Kures,_Voldemar, lk 17
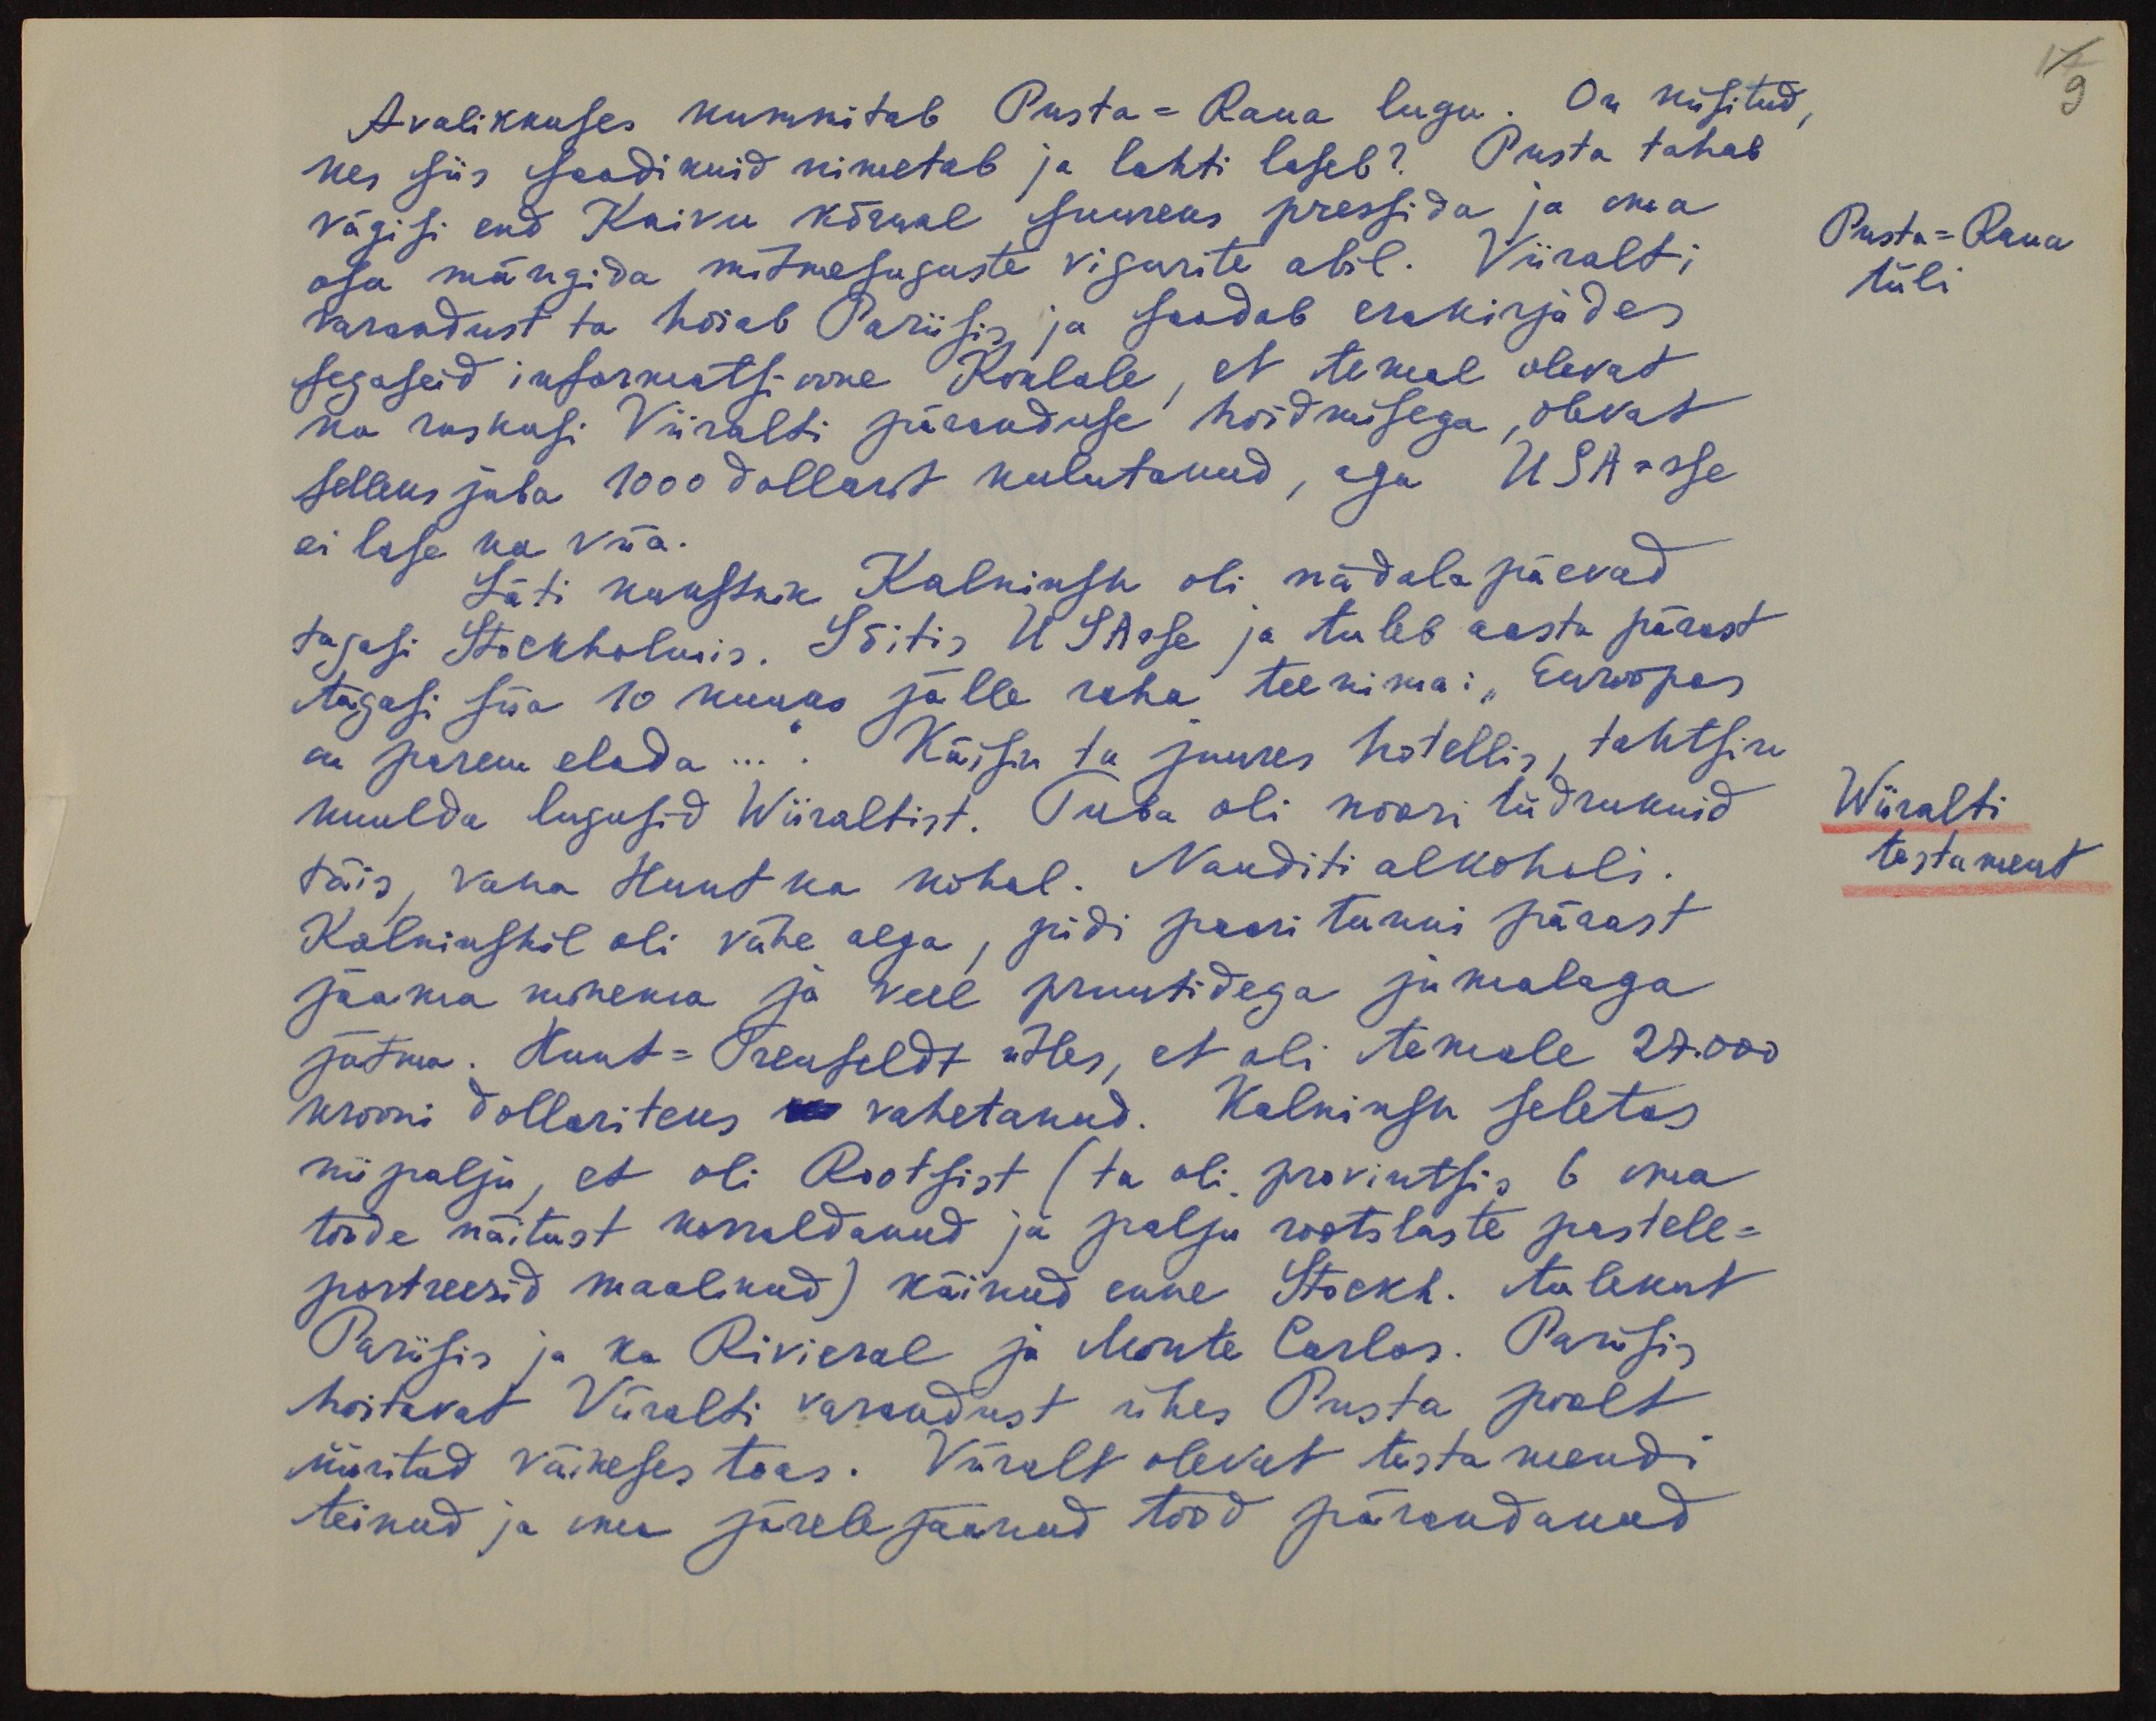
9
Avalikkuses kummitab Pusta-Raua lugu. On küsitud
kes siis saadikuid nimetab ja lahti laseb? Pusta tahab
vägisi end Kaivu kõrwal suureks pressida ja oma
Pusta-Raua
tüli
osa mängida mitmesuguste vigurite abil. Viiralti
varandust ta hoiab Pariisis ja saadab erakirjades
segaseid informatsioone Koklale, et temal olevat
ka raskusi Viiralti päranduse hoidmisega, olevat
selleks juba 1000 dollarit kulutanud, aga USA-sse
ei lase ka viia.
Läti kunstnik Kalninsh oli nädalapäevad
tagasi Stockholmis. Sõitis USAsse ja tuleb aasta pärast
tagasi siia 10 kuuks jälle raha teenima: "Euroopas
on parem elada...". Käisin ta juures hotellis, tahtsin
kuulda lugusid Wiiraltist. Tuba oli noori tüdrukuid
Wiiralti
testament
täis, vana Hunt ka kohal. Nauditi alkoholi.
Kalninshil oli vähe aega, pidi paari tunni pärast
sööma minema ja veel pruutidega jumalaga
jätma. Hunt-Prewseldt ütles, et oli temale 27.000.
krooni dollariteks vahetanud. Kalninsh seletas
nii palju, et oli Rootsist (ta oli provintsis 6 oma
tööde näitust korraldanud ja palju rootslaste pastele-
portreesid maalinud) käinud enne Stockh. tulekut
Pariisis ja ka Rivieral ja Monte Carlos. Pariisis
hoitavat Viiralti varandust ühes Pusta poolt
üüritud väikeses toas. Viiralt olevat testamendi
teinud ja oma järele jäänud tööd pärandanud